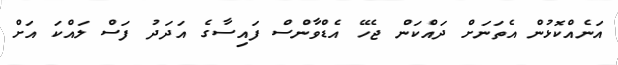
އަނެއްކޮޅުން އެތަނަށް ދައްކަން ޖެހޭ އެޑްވާންސް ފައިސާގެ އަދަދު ފަސް ލައްކަ އަށް